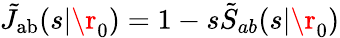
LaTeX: \tilde{J}_{\mathrm{{ab}}}(s|\r_{0})=1-s\tilde{S}_{ab}(s|\r_{0})